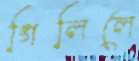
গিলিলে